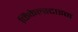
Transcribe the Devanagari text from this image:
फिंकेल्स्टाइन